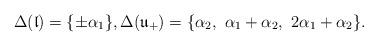
LaTeX: \begin{align*}\Delta(\mathfrak{l}) = \{ \pm \alpha_1 \}, \Delta(\mathfrak{u}_+) = \{ \alpha_2, \ \alpha_1+ \alpha_2, \ 2 \alpha_1 + \alpha_2 \}.\end{align*}